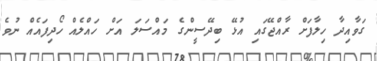
ގަވާއިދާ ހިލާފަށް ރާއްޖޭގައި އުޅޭ ބިދޭސީންގެ މައްސަލަ އަށް ހައްލެއް ހޯދިފައެއް ނުވެ